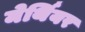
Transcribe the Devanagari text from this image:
मेर्थियर